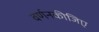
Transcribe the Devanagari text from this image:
वर्णनकीजिए